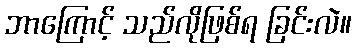
ဘာကြောင့် သည်လိုဖြစ်ရ ခြင်းလဲ။